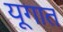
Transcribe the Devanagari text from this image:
यूगात